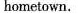
hometown.